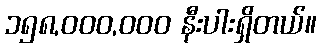
၁၅၈,၀၀၀,၀၀၀ နီးပါးရှိတယ်။